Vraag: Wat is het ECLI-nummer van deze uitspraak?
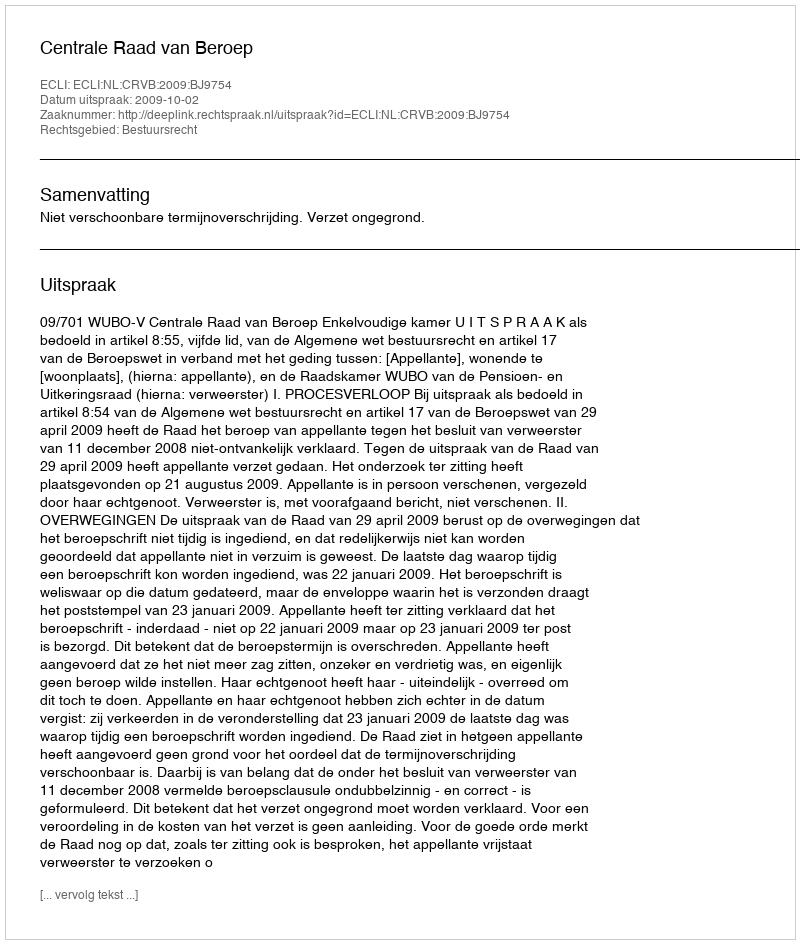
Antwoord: ECLI:NL:CRVB:2009:BJ9754